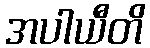
အပါယီတိ